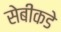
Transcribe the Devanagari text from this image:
सेबीकडे